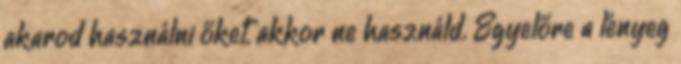
akarod használni őket, akkor ne használd. Egyelőre a lényeg